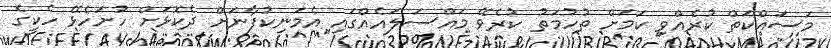
މަސައްކަތް ކުރެއްވި ކަމަށް ތުހުމަތު ކުރެވޭ މައްސަލައެއްގައި އެމަނިކުފާނަށް ދެކޮޅަށް ހުށަހެޅޭ ހެކީގެ